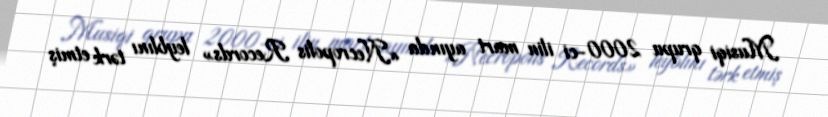
Musiqi qrupu 2000-ci ilin mart ayında «Necropolis Records» leyblını tərk etmiş